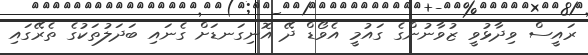
ރައީސް ވިދާޅުވީ ޒުވާނުންގެ ގައުމީ އެވޯޑް ދޭ އޮނިގަނޑަށް ގެނައި ބަދަލުތަކުގެ ތެރޭގައި